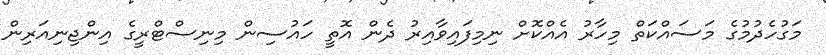
މަގުހެދުމުގެ މަސައްކަތް މިހާރު އެއްކޮށް ނިމިފައިވާއިރު ދެން އޮތީ ހައުސިން މިނިސްޓްރީގެ އިންޖިނިއަރިން